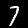
Label: 7